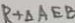
R + \Delta A E B